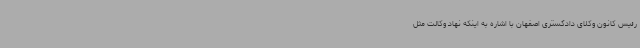
رئیس کانون وکلای دادگستری اصفهان با اشاره به اینکه نهاد وکالت مثل